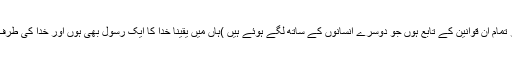
تو لوگوں سے کہہ دے کہ میں تمہاری طرح کا ایک انسان ہوں (اور تمام ان قوانین کے تابع ہوں جو دوسرے انسانوں کے ساتھ لگے ہوئے ہیں )ہاں میں یقیناً خدا کا ایک رسول بھی ہوں اور خدا کی طرف سے مخلوق خدا کی ہدایت کے لیے وحی و الہام سے نوازا گیا ہوں۔